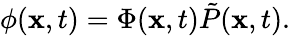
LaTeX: \phi({\mathbf x},t)=\Phi({\mathbf x},t)\tilde{P}({\mathbf x},t).